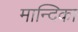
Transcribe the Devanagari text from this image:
मान्दिका